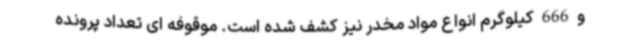
و 666 کیلوگرم انواع مواد مخدر نیز کشف شده است. موقوفه ای تعداد پرونده